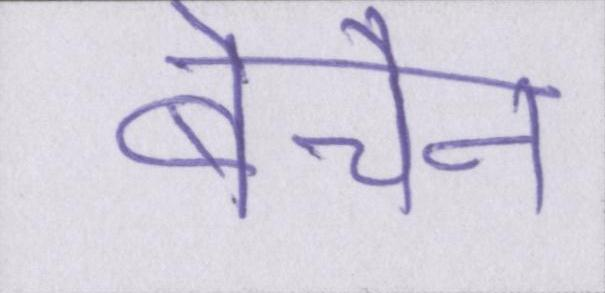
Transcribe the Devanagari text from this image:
बेचैन